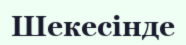
Шекесінде